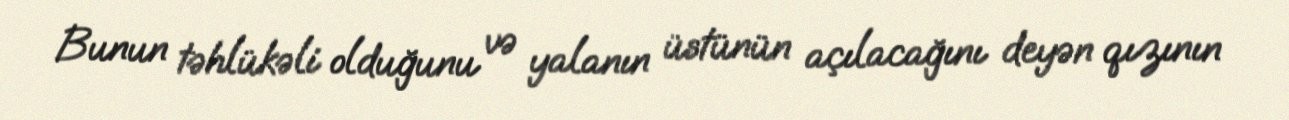
Bunun təhlükəli olduğunu və yalanın üstünün açılacağını deyən qızının